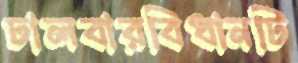
ঢালবারবিধানটি